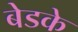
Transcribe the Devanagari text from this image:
बेडके